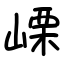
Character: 㟳